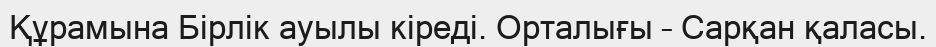
Құрамына Бірлік ауылы кіреді. Орталығы – Сарқан қаласы.